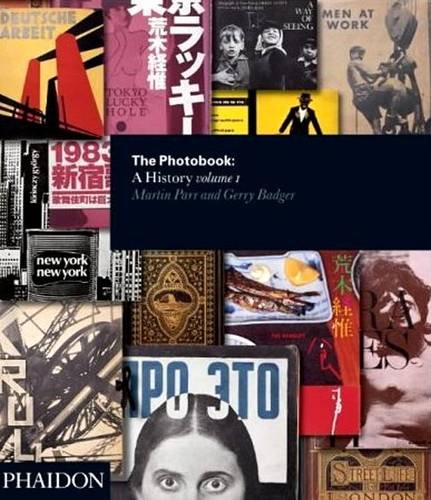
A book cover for The Photobook: A History, Vol. 1; Martin Parr; Crafts, Hobbies & Home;